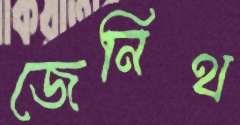
জেনিথ